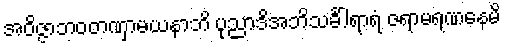
အဝိဇ္ဇာဘဝတဏှာမယနာဘိ ပုညာဒိအဘိသင်္ခါရာရံ ဇရာမရဏနေမိ